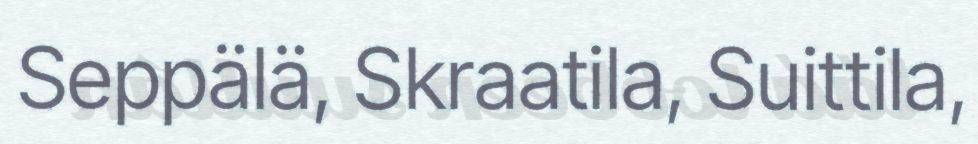
Seppälä, Skraatila, Suittila,